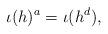
LaTeX: \begin{align*} \iota(h)^{a} = \iota(h^{d}), \end{align*}